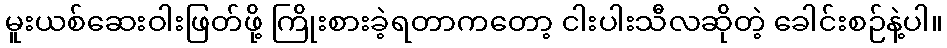
မူးယစ်ဆေးဝါးဖြတ်ဖို့ ကြိုးစားခဲ့ရတာကတော့ ငါးပါးသီလဆိုတဲ့ ခေါင်းစဉ်နဲ့ပါ။